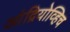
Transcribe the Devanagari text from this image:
आंद्रियोव्हिच